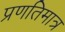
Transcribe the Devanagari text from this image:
प्रणतिमात्र